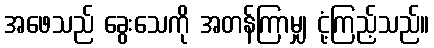
အဖေသည် ခွေးသေကို အတန်ကြာမျှ ငုံ့ကြည့်သည်။